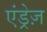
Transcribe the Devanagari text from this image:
एंड्रेज़